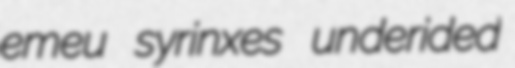
emeu syrinxes underided